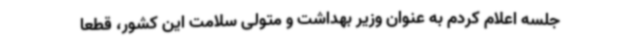
جلسه اعلام کردم به عنوان وزیر بهداشت و متولی سلامت این کشور، قطعا